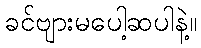
ခင်ဗျားမပေါ့ဆပါနဲ့။